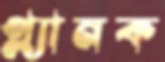
প্ল্যানক